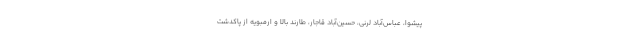
پیشوا، عباس‌آباد لرنی، حسین‌آباد قاجار، طارند بالا و ارمبویه از پاکدشت